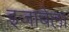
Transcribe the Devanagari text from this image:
इजाबेला